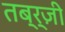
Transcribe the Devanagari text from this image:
तब्र्ज़ी